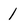
Character: l